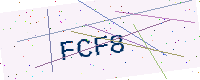
Text: FCF8